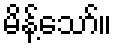
မိန့်သော်။